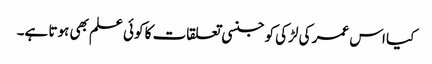
کیا اس عمر کی لڑکی کو جنسی تعلقات کا کوئی علم بھی ہوتا ہے۔